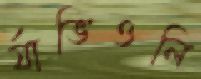
র্যাভিওলি